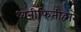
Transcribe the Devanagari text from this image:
ध्वनीफितीद्वारे